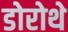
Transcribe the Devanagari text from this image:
डोरोथे